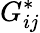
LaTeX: G_{ij}^{*}